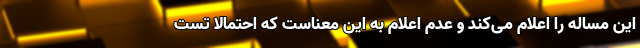
این مساله را اعلام می‌کند و عدم اعلام به این معناست که احتمالا تست